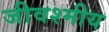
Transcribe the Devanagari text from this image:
जीवश्मीय